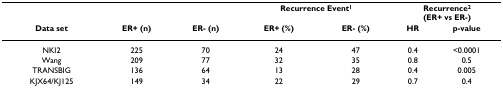
<table><thead><tr><td></td><td></td><td></td><td colspan="2"><b>Recurrence Event<sup>1</sup></b></td><td colspan="2"><b>Recurrence<sup>2</sup>(ER+ vs ER-)</b></td></tr><tr><td><b>Data set</b></td><td><b>ER+ (n)</b></td><td><b>ER- (n)</b></td><td><b>ER+ (%)</b></td><td><b>ER- (%)</b></td><td><b>HR</b></td><td><b>p-value</b></td></tr></thead><tbody><tr><td>NKI2</td><td>225</td><td>70</td><td>24</td><td>47</td><td>0.4</td><td>&lt;0.0001</td></tr><tr><td>Wang</td><td>209</td><td>77</td><td>32</td><td>35</td><td>0.8</td><td>0.5</td></tr><tr><td>TRANSBIG</td><td>136</td><td>64</td><td>13</td><td>28</td><td>0.4</td><td>0.005</td></tr><tr><td>KJX64/KJ125</td><td>149</td><td>34</td><td>22</td><td>29</td><td>0.7</td><td>0.4</td></tr></tbody></table>